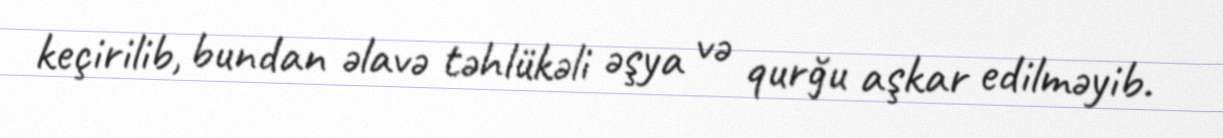
keçirilib, bundan əlavə təhlükəli əşya və qurğu aşkar edilməyib.